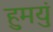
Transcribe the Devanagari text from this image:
हुमयुं